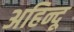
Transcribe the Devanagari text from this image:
अहिन्दू